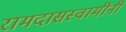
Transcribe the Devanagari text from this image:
रामदासस्वामींनीं